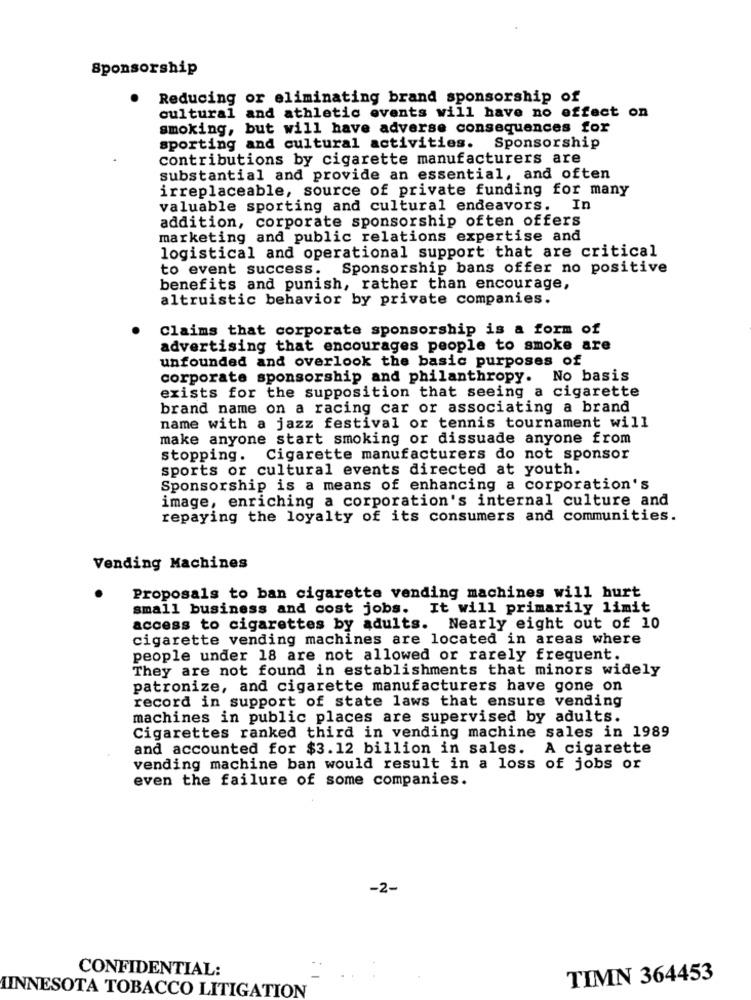
Sponsorship
Reducing or eliminating brand sponsorship of
cultural and athletic events will have no effect on
smoking, but will have adverse consequences for
sporting and cultural activities. Sponsorship
contributions by cigarette manufacturers are
substantial and provide an essential, and often
irreplaceable, source of private funding for many
valuable sporting and cultural endeavors. In
addition, corporate sponsorship often offers
marketing and public relations expertise and
logistical and operational support that are critical
to event success. Sponsorship bans offer no positive
benefits and punish, rather than encourage,
altruistic behavior by private companies.
Claims that corporate sponsorship is a form of
advertising that encourages people to smoke are
unfounded and overlook the basic purposes of
corporate sponsorship and philanthropy. No basis
exists for the supposition that seeing a cigarette
brand name on a racing car or associating a brand
name with a jazz festival or tennis tournament will
make anyone start smoking or dissuade anyone from
stopping. Cigarette manufacturers do not sponsor
sports or cultural events directed at youth.
Sponsorship is a means of enhancing a corporation's
image, enriching a corporation's internal culture and
repaying the loyalty of its consumers and communities.
Vending Machines
Proposals to ban cigarette vending machines will hurt
small business and cost jobs. It will primarily limit
access to cigarettes by adults. Nearly eight out of 10
cigarette vending machines are located in areas where
people under 18 are not allowed or rarely frequent.
They are not found in establishments that minors widely
patronize, and cigarette manufacturers have gone on
record in support of state laws that ensure vending
machines in public places are supervised by adults.
Cigarettes ranked third in vending machine sales in 1989
and accounted for $3.12 billion in sales. A cigarette
vending machine ban would result in a loss of jobs or
even the failure of some companies.
-2-
CONFIDENTIAL:
TIMN 364453
MINNESOTA TOBACCO LITIGATION